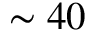
\sim 4 0